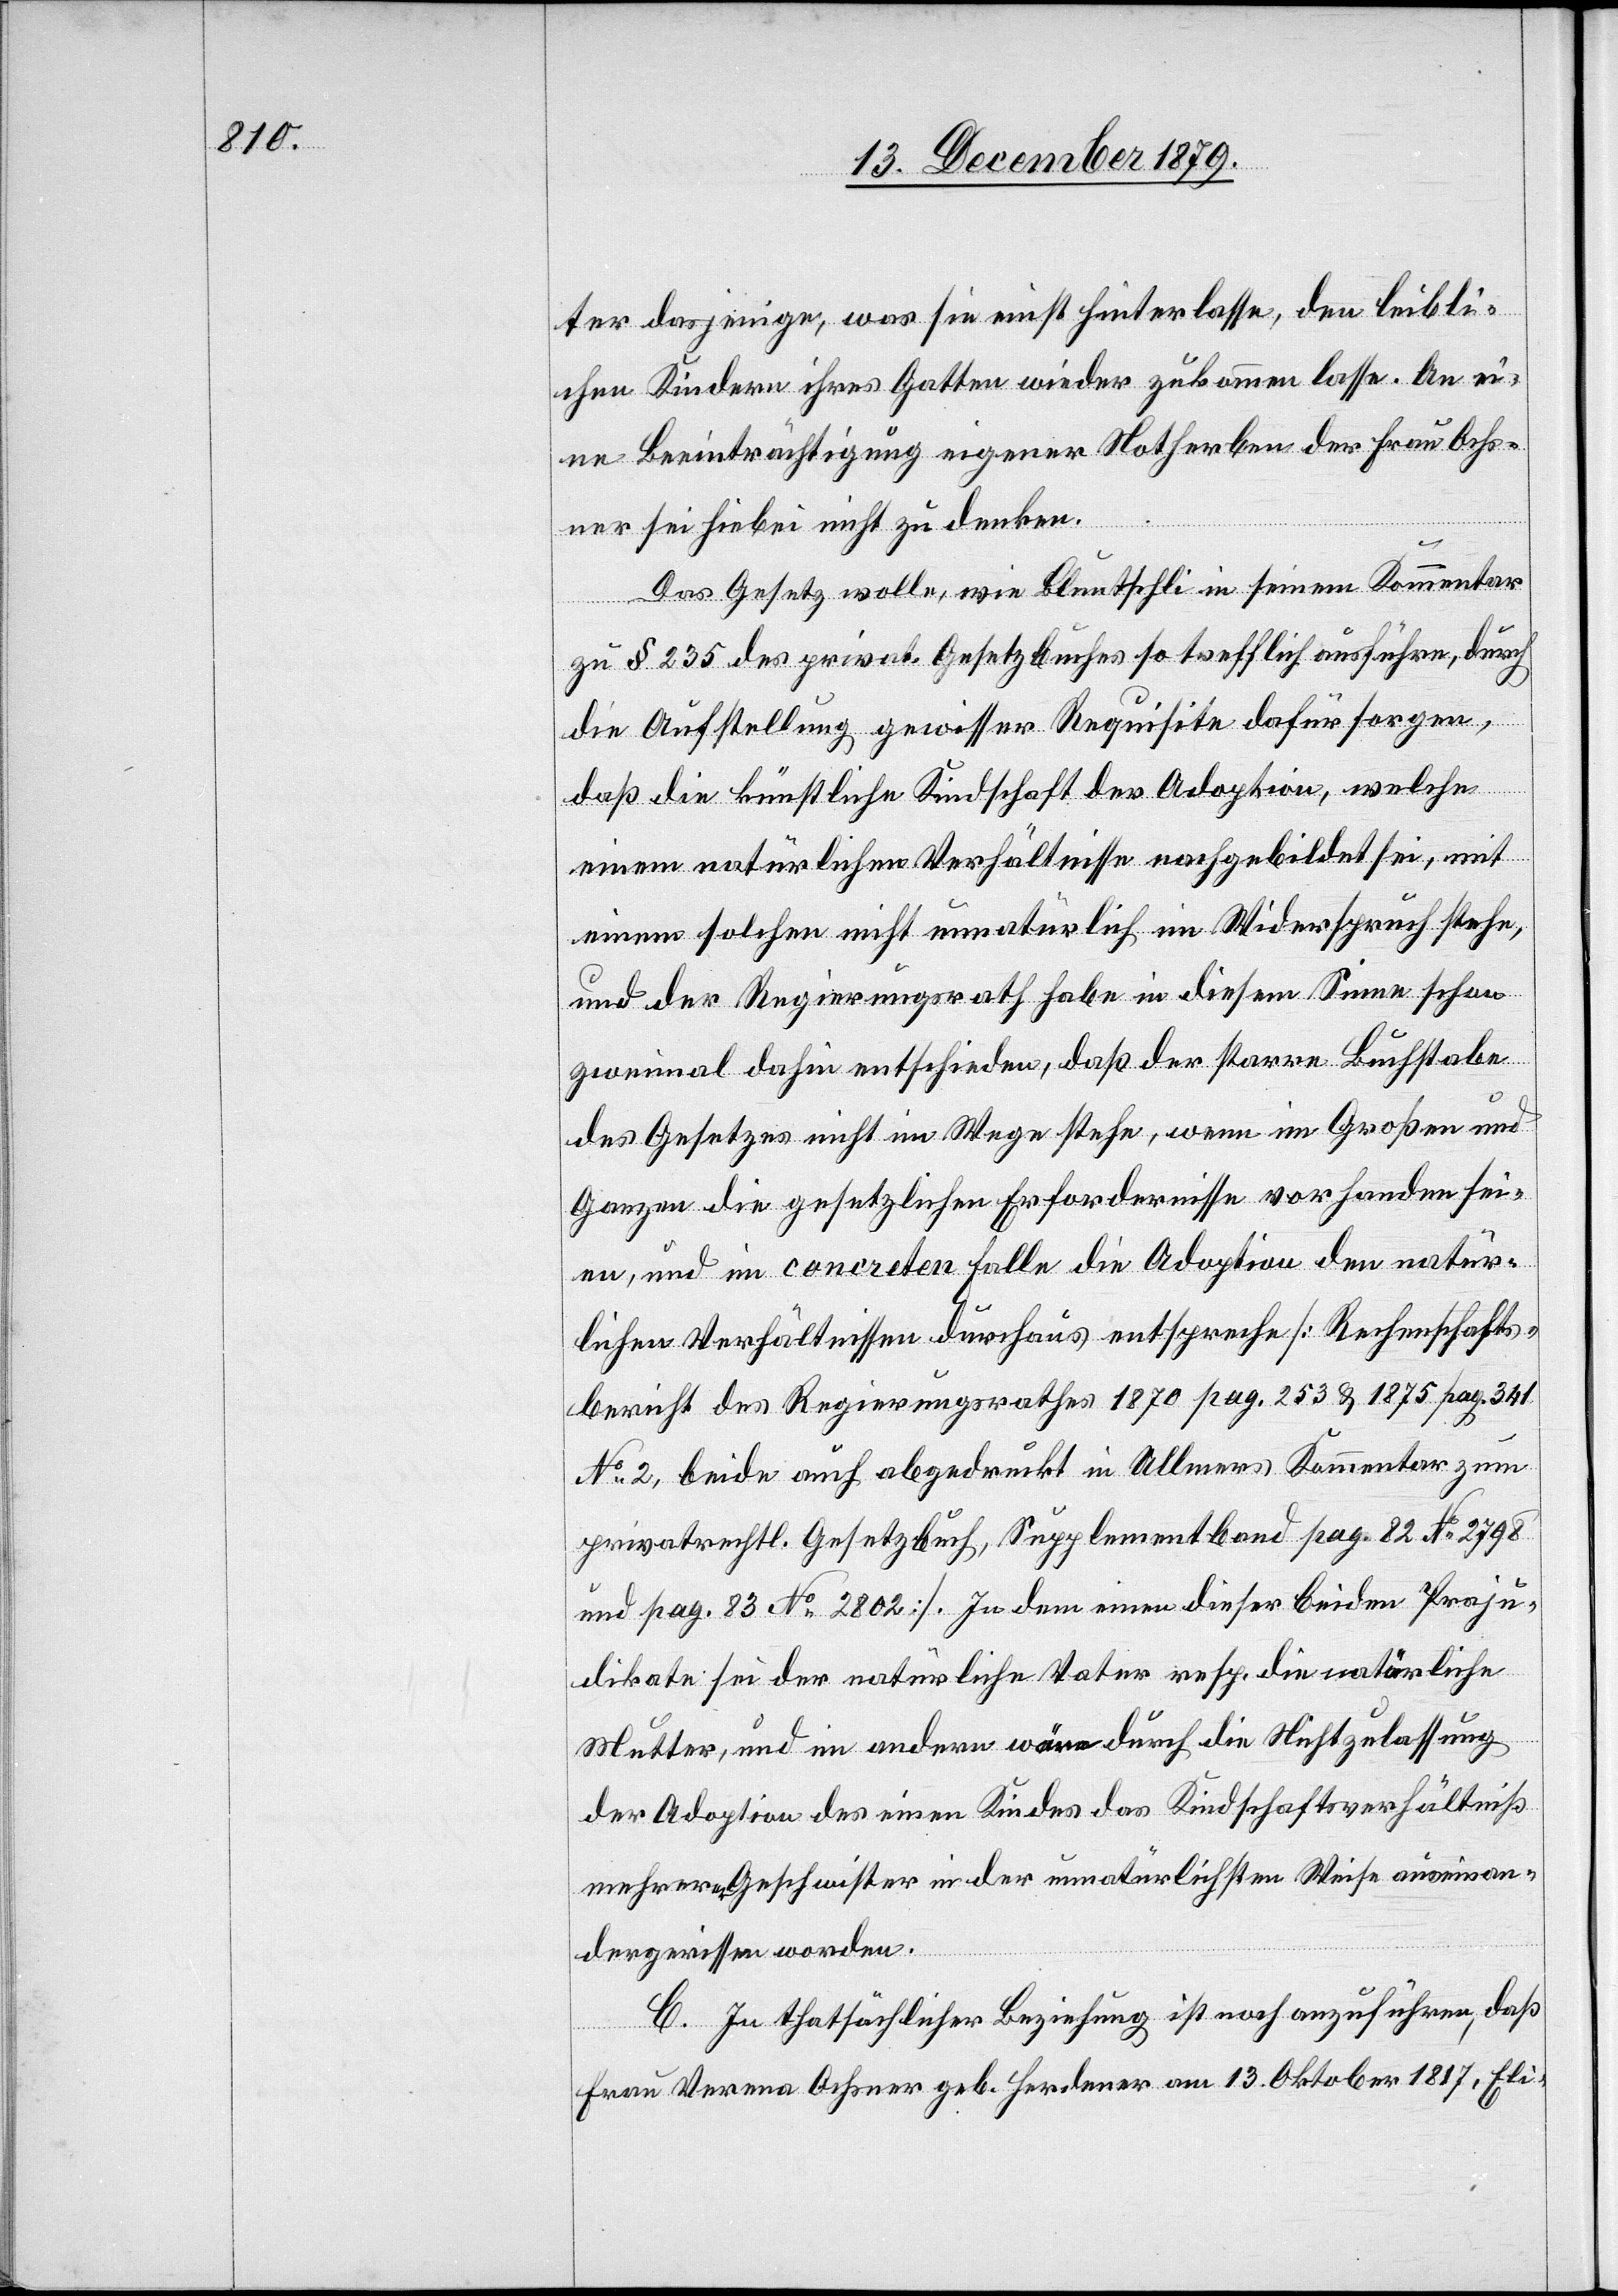
ter dasjenige, was sie nicht hinterlasse, den leibli¬
chen Kindern ihres Gatten wieder zukommen lasse. An ei¬
ne Beeinträchtigung eigener Notherben der Frau Ochs¬
ner sei hiebei nicht zu denken.
Das Gesetz wolle, wie Bluntschli in seinem Kommentar
zu § 235 des privat. Gesetzbuches so trefflich ausführe, durch
die Aufstellung gewisser Requisite dafür sorgen,
daß die künstliche Kindschaft der Adoption, welche
einem natürlichen Verhältnisse nachgebildet sei, mit
einem solchen nicht unnatürlich im Widerspruch stehe,
und der Regierungsrath habe in diesem Sinne schon
zweimal dahin entschieden, daß der starre Buchstabe
des Gesetzes nicht im Wege stehe, wenn im Großen und
Ganzen die gesetzlichen Erfordernisse vorhanden sei¬
en, und im concreten Falle die Adoption den natür¬
lichen Verhältnissen durchaus entspreche [Rechenschafts¬
bericht des Regierungsrathes 1870 pag. 253 & 1875 pag. 341
No 2, beide auch abgedruckt in Ullmers Kommentar zum
privatrechtl. Gesetzbuch, Supplementband pag. 82 No 2798
und pag. 83 No 2802]. In dem einen dieser beiden Proju¬
dikate sei der natürliche Vater resp. die väterliche
Mutter, und im andern wäre durch die Nichtzulassung
der Adoption des einen Kindes das Kindschaftsverhältniß
mehrerer Geschwister in der unnatürlichen Weise auseinan¬
dergerissen worden.
C. In thatsächlicher Beziehung ist noch anzuführen, daß
Frau Verena Ochsner geb. Herdener am 13. Oktober 1817, Eli-